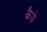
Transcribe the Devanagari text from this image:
कैये